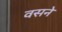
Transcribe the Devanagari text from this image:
वसने